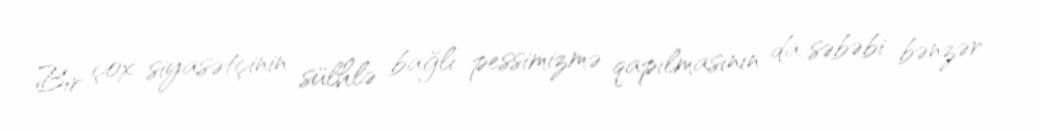
Bir çox siyasətçinin sülhlə bağlı pessimizmə qapılmasının da səbəbi bənzər